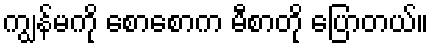
ကျွန်မကို စောစောက မီစာတို ပြောတယ်။